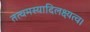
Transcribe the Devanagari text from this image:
तत्वमस्यादिलक्ष्यत्व।